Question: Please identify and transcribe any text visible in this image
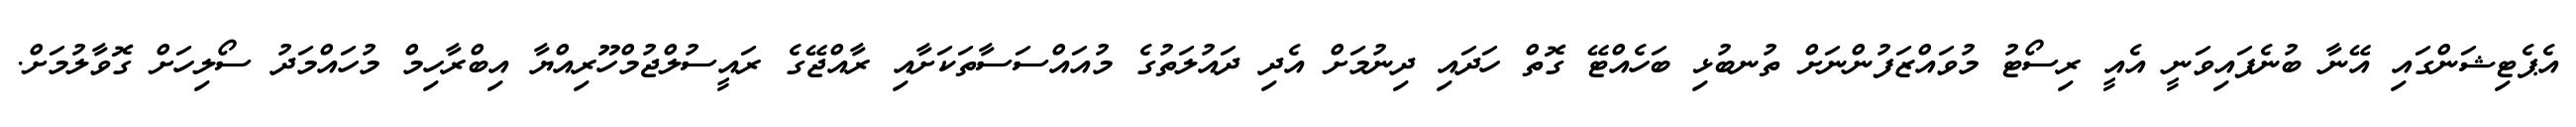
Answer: އެޕެޓިޝަންގައި އޭނާ ބުނެފައިވަނީ އެއީ ރިސޯޓު މުވައްޒަފުންނަށް ތުނބުޅި ބަހެއްޓޭ ގޮތް ހަދައި ދިނުމަށް އެދި ދައުލަތުގެ މުއައްސަސާތަކަށާއި ރާއްޖޭގެ ރައީސުލްޖުމްހޫރިއްޔާ އިބްރާހިމް މުހައްމަދު ސޯލިހަށް ގޮވާލުމަށް.